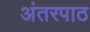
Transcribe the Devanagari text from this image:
अंतरपाठ